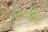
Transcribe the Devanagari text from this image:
लटसोट